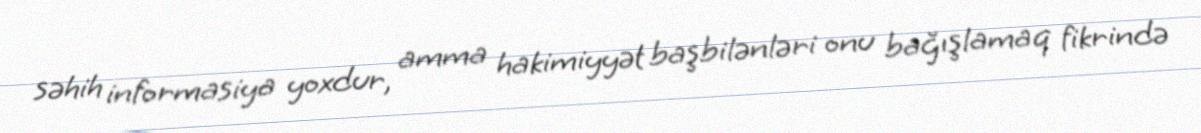
səhih informasiya yoxdur, amma hakimiyyət başbilənləri onu bağışlamaq fikrində